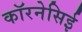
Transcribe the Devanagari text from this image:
कॉरनेसिई